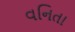
વનિતા